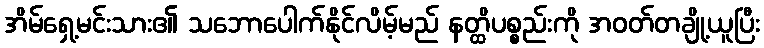
အိမ်ရှေ့မင်းသား၏ သဘောပေါက်နိုင်လိမ့်မည် နတ္ထိပစ္စည်းကို အဝတ်တချို့ယူပြီး